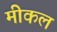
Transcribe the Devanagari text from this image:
मीकल